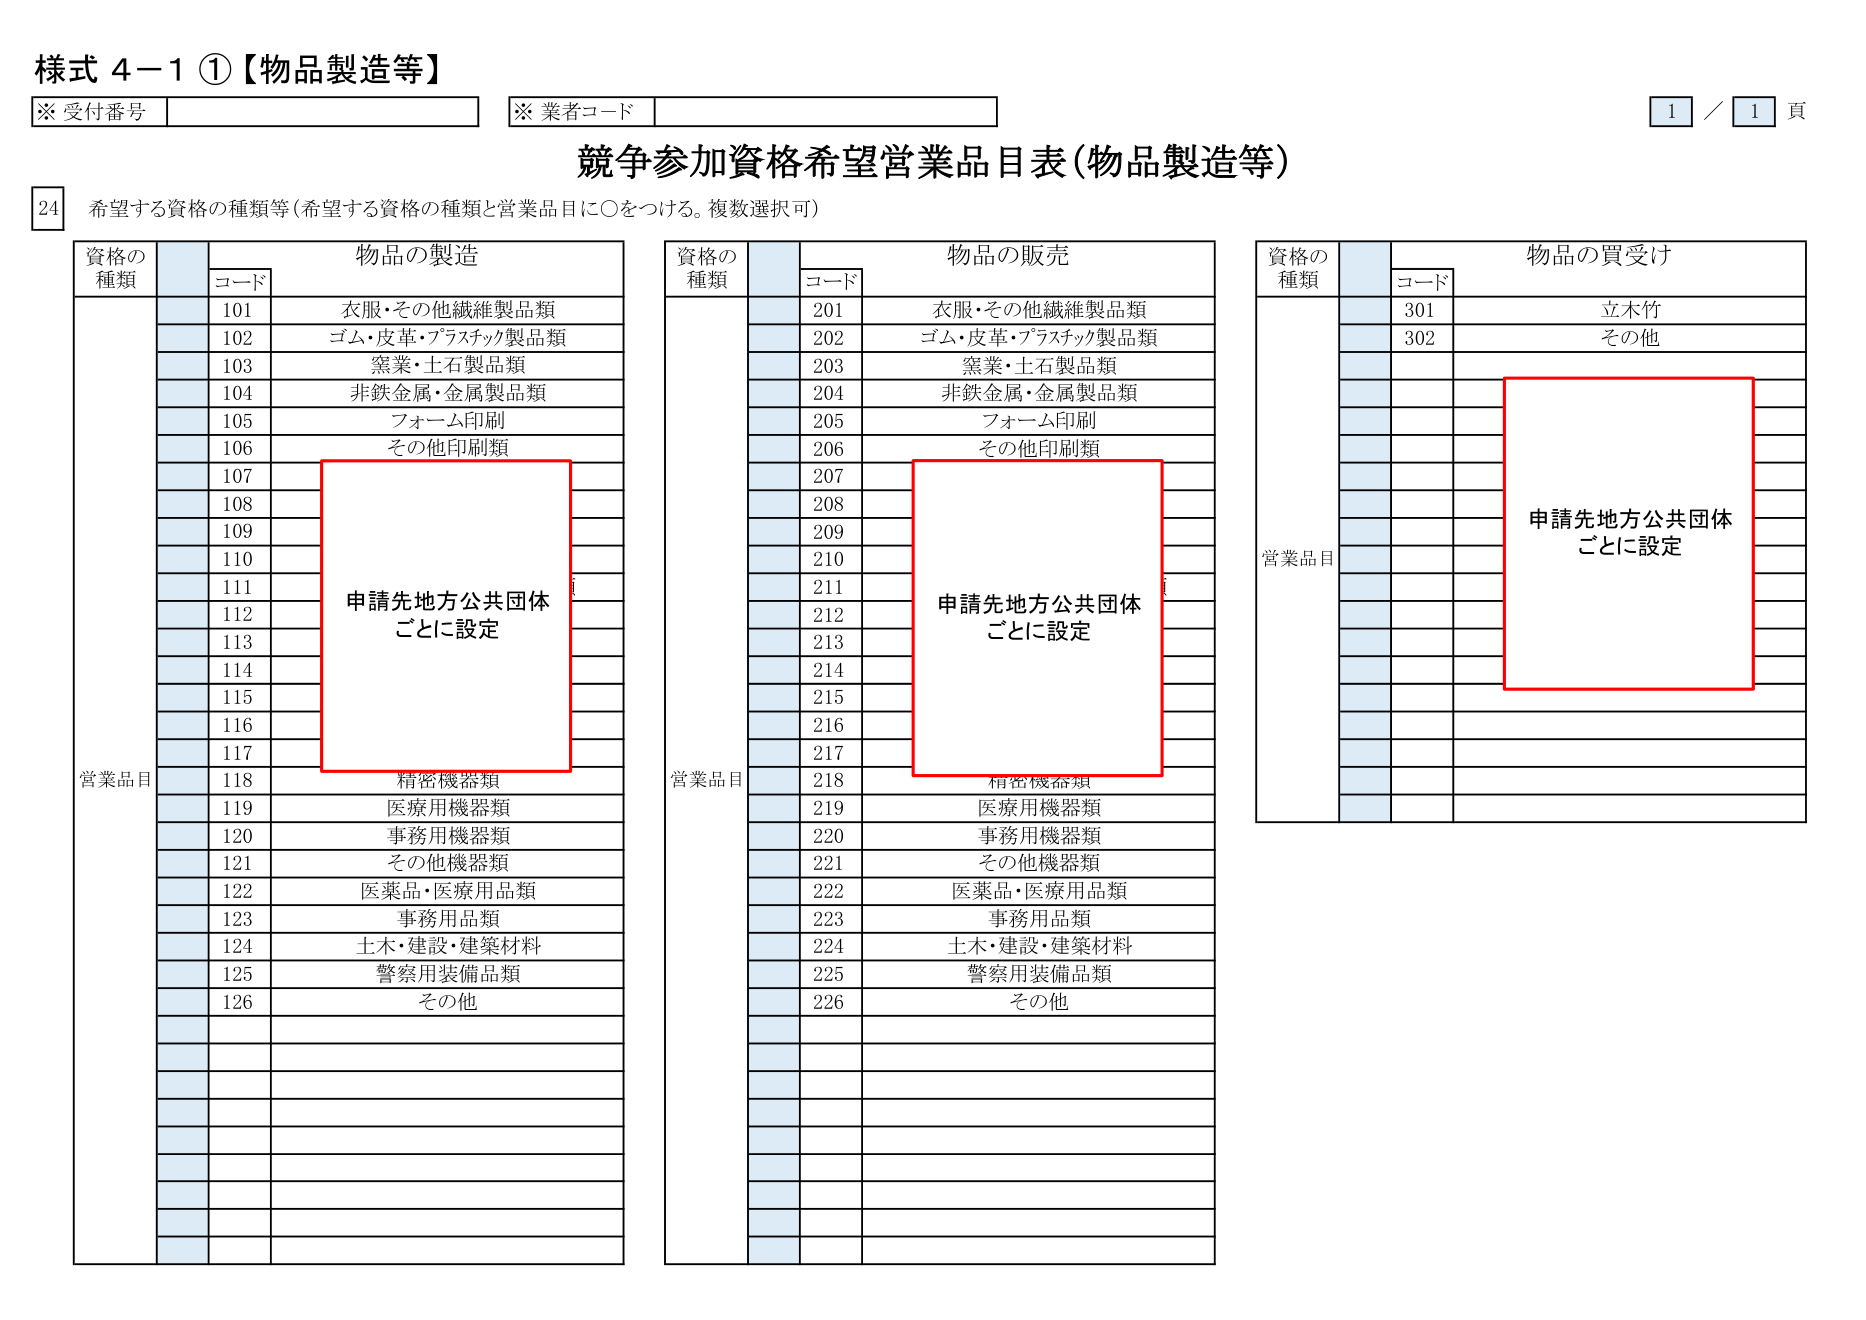
様式 4-1 ①【物品製造等】

※ 受付番号
※ 業者コード

1 / 1 頁

競争参加資格希望営業品目表（物品製造等）

24 希望する資格の種類等（希望する資格の種類と営業品目に○をつける。複数選択可）

物品の製造

資格の
種類
コード
営業品目

101 衣服・その他繊維製品類
102 ゴム・皮革・プラスチック製品類
103 窯業・土石製品類
104 非鉄金属・金属製品類
105 フォーム印刷
106 その他印刷類
107
108
109
110
111
112
113
114
115
116
117
118 精密機器類
119 医療用機器類
120 事務用機器類
121 その他機器類
122 医薬品・医療用品類
123 事務用品類
124 土木・建設・建築材料
125 警察用装備品類
126 その他

申請先地方公共団体
ごとに設定

物品の販売

資格の
種類
コード
営業品目

201 衣服・その他繊維製品類
202 ゴム・皮革・プラスチック製品類
203 窯業・土石製品類
204 非鉄金属・金属製品類
205 フォーム印刷
206 その他印刷類
207
208
209
210
211
212
213
214
215
216
217
218 精密機器類
219 医療用機器類
220 事務用機器類
221 その他機器類
222 医薬品・医療用品類
223 事務用品類
224 土木・建設・建築材料
225 警察用装備品類
226 その他

申請先地方公共団体
ごとに設定

物品の買受け

資格の
種類
コード
営業品目

301 立木竹
302 その他

申請先地方公共団体
ごとに設定